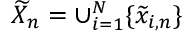
\widetilde X _ { n } = \cup _ { i = 1 } ^ { N } \{ \widetilde x _ { i , n } \}